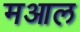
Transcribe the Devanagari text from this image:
मआल